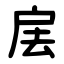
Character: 㧁